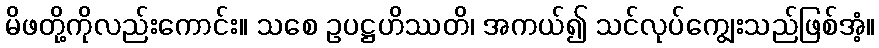
မိဖတို့ကိုလည်းကောင်း။ သစေ ဥပဋ္ဌဟိဿတိ၊ အကယ်၍ သင်လုပ်ကျွေးသည်ဖြစ်အံ့။